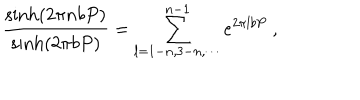
\frac { \sinh ( 2 \pi n b P ) } { \sinh ( 2 \pi b P ) } = \sum _ { l = 1 - n , 3 - n , \cdots } ^ { n - 1 } e ^ { 2 \pi l b P } ~ ,